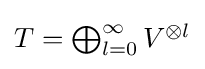
{\textstyle T=\bigoplus _{l=0}^{\infty }V^{\otimes l}}